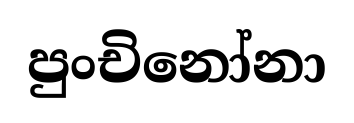
පුංචිනෝනා